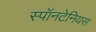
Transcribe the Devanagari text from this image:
स्पॉनटेनियस